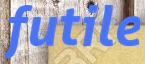
futile